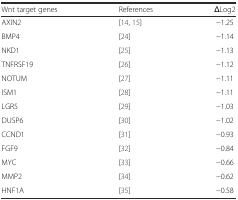
<table><thead><tr><td><b>Wnt target genes</b></td><td><b>References</b></td><td><b>ΔLog2</b></td></tr></thead><tbody><tr><td>AXIN2</td><td>[14, 15]</td><td>−1.25</td></tr><tr><td>BMP4</td><td>[24]</td><td>−1.14</td></tr><tr><td>NKD1</td><td>[25]</td><td>−1.13</td></tr><tr><td>TNFRSF19</td><td>[26]</td><td>−1.12</td></tr><tr><td>NOTUM</td><td>[27]</td><td>−1.11</td></tr><tr><td>ISM1</td><td>[28]</td><td>−1.11</td></tr><tr><td>LGR5</td><td>[29]</td><td>−1.03</td></tr><tr><td>DUSP6</td><td>[30]</td><td>−1.02</td></tr><tr><td>CCND1</td><td>[31]</td><td>−0.93</td></tr><tr><td>FGF9</td><td>[32]</td><td>−0.84</td></tr><tr><td>MYC</td><td>[33]</td><td>−0.66</td></tr><tr><td>MMP2</td><td>[34]</td><td>−0.62</td></tr><tr><td>HNF1A</td><td>[35]</td><td>−0.58</td></tr></tbody></table>